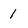
Character: 1